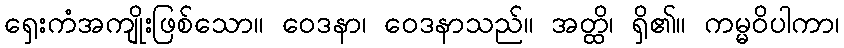
ရှေးကံအကျိုးဖြစ်သော။ ဝေဒနာ၊ ဝေဒနာသည်။ အတ္ထိ၊ ရှိ၏။ ကမ္မဝိပါကာ၊